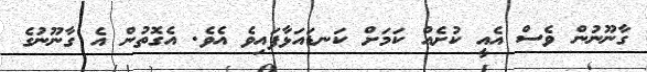
ގާނޫނުން ވެސް އެއީ ކުށެއް ކަމަށް ކަނޑައަޅާފައިވެ އެވެ. އެގޮތުން އެ ގާނޫނުގެ